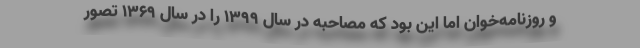
و روزنامه‌خوان اما این بود که مصاحبه در سال 1399 را در سال 1369 تصور